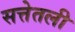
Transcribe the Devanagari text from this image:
सत्तेतली